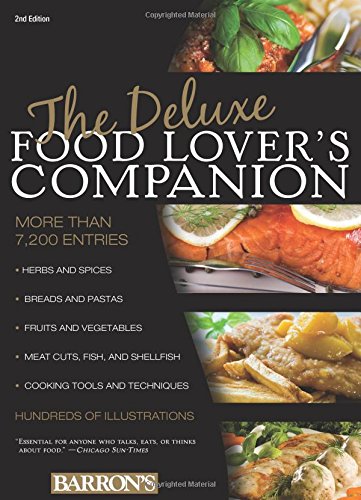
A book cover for The Deluxe Food Lover's Companion; Ron Herbst; Cookbooks, Food & Wine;